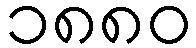
၁၈၈၀